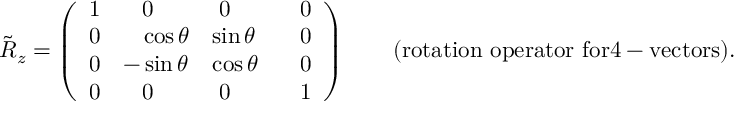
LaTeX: \tilde { R } _ { z } = \left( \begin{array} { l l l l } { { 1 } } & { { \; \; \; 0 } } & { { \; 0 } } & { { \; \; \; 0 } } \\ { { 0 } } & { { \; \; \, \, \cos { \theta } } } & { { \sin { \theta } } } & { { \; \; \; 0 } } \\ { { 0 } } & { { - \sin { \theta } } } & { { \cos { \theta } } } & { { \; \; \; 0 } } \\ { { 0 } } & { { \; \; \; 0 } } & { { \; 0 } } & { { \; \; \; 1 } } \end{array} \right) \qquad \mathrm { ( r o t a t i o n ~ o p e r a t o r ~ f o r 4 - v e c t o r s ) . }